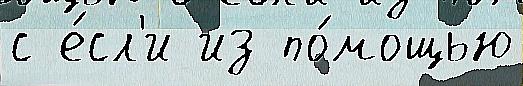
с е́сл'и из по́мощью